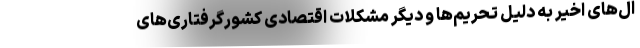
ال‌های اخیر به دلیل تحریم‌ها و دیگر مشکلات اقتصادی کشورگرفتاری‌های